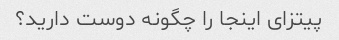
پیتزای اینجا را چگونه دوست دارید؟